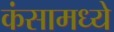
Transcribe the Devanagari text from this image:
कंसामध्ये